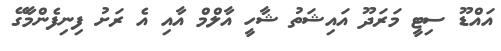
އައްޑޫ ސިޓީ މަރަދޫ އައިޝަތު ޝާހީ އާލްމް އާއި އެ ރަށު ފިނިފެންމާގޭ